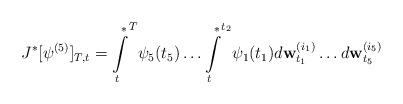
LaTeX: \begin{align*}J^{*}[\psi^{(5)}]_{T,t}={\int\limits_t^{*}}^T\psi_5(t_5)\ldots{\int\limits_t^{*}}^{t_2}\psi_1(t_1)d{\bf w}_{t_1}^{(i_1)}\ldots d{\bf w}_{t_5}^{(i_5)}\end{align*}